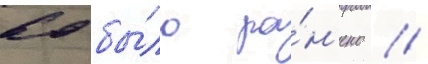
60 бы́ло ра́н'ено //